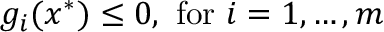
g _ { i } ( x ^ { * } ) \leq 0 , { \mathrm { ~ f o r ~ } } i = 1 , \ldots , m